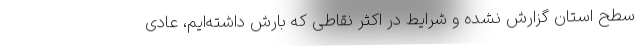
سطح استان گزارش نشده و شرایط در اکثر نقاطی که بارش داشته‌ایم، عادی